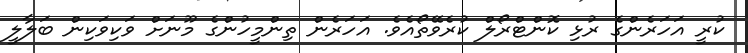
ކުރީ އަހަރެންގެ ރުޅި ކޮންޓްރޯލް ކުރެވޭތޯއެވެ. އަހަރެން ތިންމީހުންގެ މޫނަށް ވަކިވަކިން ބަލާލީ